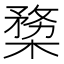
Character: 𣖶